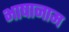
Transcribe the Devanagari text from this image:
भाषानाम